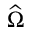
\widehat { \Omega }